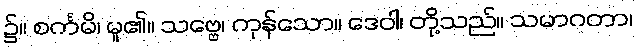
၌။ စင်္ကမိ၊ မူ၏။ သဗ္ဗေ၊ ကုန်သော။ ဒေဝါ၊ တို့သည်။ သမာဂတာ၊